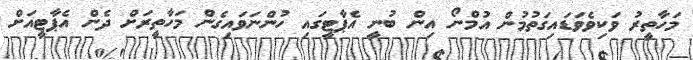
މަހާތީރު ވަކިވެވަޑައިގަތުމުން އުމްނޯ އިން ބުނީ އެޕާޓީގައި ހުންނަވައިގެން މަހާތީރަށް ދެން އެޕާޓީއަށް